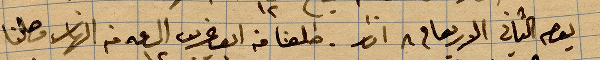
يوم الثاني الاربعا في ٨ آذار. طلعنا من البوغريب ... وصلنا